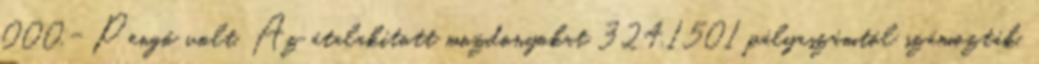
000,- Pengő volt. Az átalakított mozdonyokat 324,1501 pályaszámtól számozták.